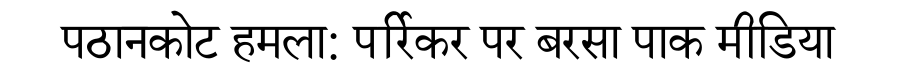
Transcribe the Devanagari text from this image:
पठानकोट हमला: पर्रिकर पर बरसा पाक मीडिया